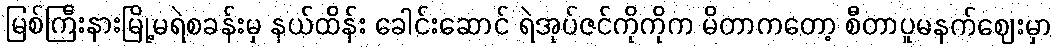
မြစ်ကြီးနားမြို့မရဲစခန်းမှ နယ်ထိန်း ခေါင်းဆောင် ရဲအုပ်ဇင်ကိုကိုက မိတာကတော့ စီတာပူမနက်ဈေးမှာ